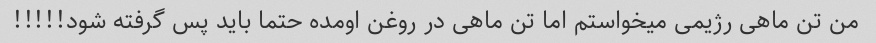
من تن ماهی رژیمی میخواستم اما تن ماهی در روغن اومده حتما باید پس گرفته شود!!!!!